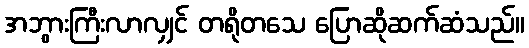
အဘွားကြီးလာလျှင် တရိုတသေ ပြောဆိုဆက်ဆံသည်။